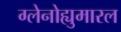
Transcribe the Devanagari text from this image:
ग्लेनोह्युमारल